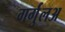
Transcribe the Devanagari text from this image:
गर्गुलअ